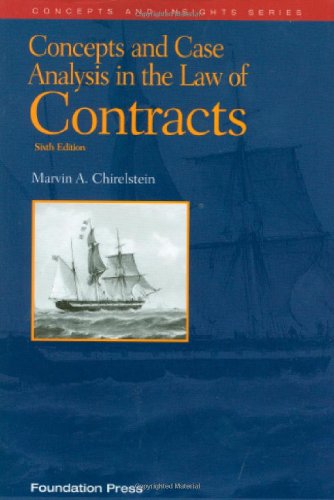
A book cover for Concepts and Case Analysis in the Law of Contracts, 6th (Concepts & Insights); Marvin A. Chirelstein; Law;